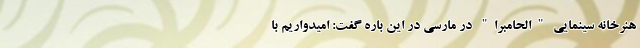
هنرخانه سینمایی "الحامبرا" در مارسی در این باره گفت: امیدواریم با